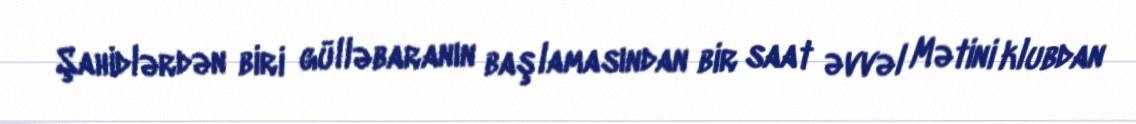
Şahidlərdən biri gülləbaranın başlamasından bir saat əvvəl Mətini klubdan